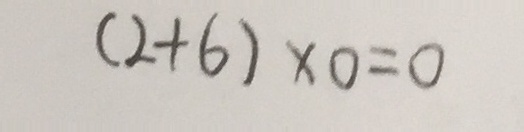
( 2 + 6 ) \times 0 = 0